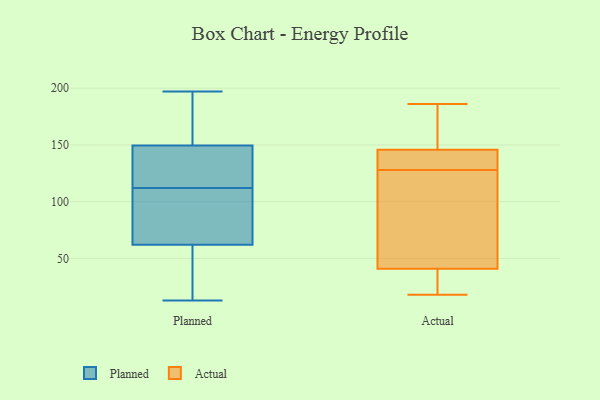
{"axis": {"x": "Satisfaction Score", "y": "Value"}, "legend": ["Actual", "Planned"], "data": [{"x": "", "y": 50, "type": "Planned"}, {"x": "", "y": 158, "type": "Planned"}, {"x": "", "y": 146, "type": "Planned"}, {"x": "", "y": 131, "type": "Planned"}, {"x": "", "y": 157, "type": "Planned"}, {"x": "", "y": 112, "type": "Planned"}, {"x": "", "y": 188, "type": "Planned"}, {"x": "", "y": 66, "type": "Planned"}, {"x": "", "y": 41, "type": "Planned"}, {"x": "", "y": 13, "type": "Planned"}, {"x": "", "y": 147, "type": "Planned"}, {"x": "", "y": 197, "type": "Planned"}, {"x": "", "y": 100, "type": "Planned"}, {"x": "", "y": 71, "type": "Planned"}, {"x": "", "y": 77, "type": "Planned"}, {"x": "", "y": 40, "type": "Planned"}, {"x": "", "y": 126, "type": "Planned"}, {"x": "", "y": 145, "type": "Actual"}, {"x": "", "y": 109, "type": "Actual"}, {"x": "", "y": 18, "type": "Actual"}, {"x": "", "y": 148, "type": "Actual"}, {"x": "", "y": 31, "type": "Actual"}, {"x": "", "y": 38, "type": "Actual"}, {"x": "", "y": 186, "type": "Actual"}, {"x": "", "y": 42, "type": "Actual"}, {"x": "", "y": 136, "type": "Actual"}, {"x": "", "y": 132, "type": "Actual"}, {"x": "", "y": 128, "type": "Actual"}, {"x": "", "y": 148, "type": "Actual"}, {"x": "", "y": 68, "type": "Actual"}]}